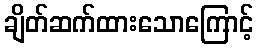
ချိတ်ဆက်ထားသောကြောင့်